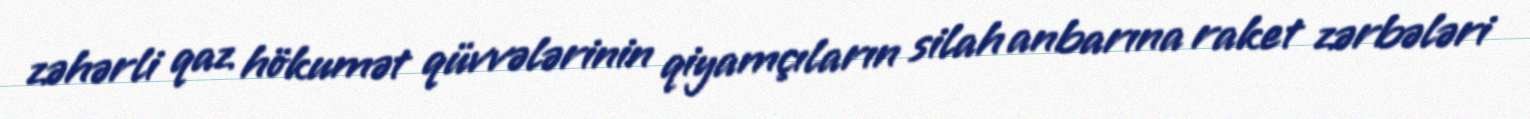
zəhərli qaz hökumət qüvvələrinin qiyamçıların silah anbarına raket zərbələri